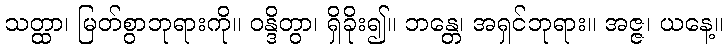
သတ္ထာ၊ မြတ်စွာဘုရားကို။ ဝန္ဒိတွာ၊ ရှိခိုး၍။ ဘန္တေ၊ အရှင်ဘုရား။ အဇ္ဇ၊ ယနေ့။